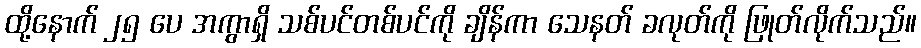
ထို့နောက် ၂၅ ပေ အကွာရှိ သစ်ပင်တစ်ပင်ကို ချိန်ကာ သေနတ် ခလုတ်ကို ဖြုတ်လိုက်သည်။